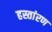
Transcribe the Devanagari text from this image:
हस्तांरण